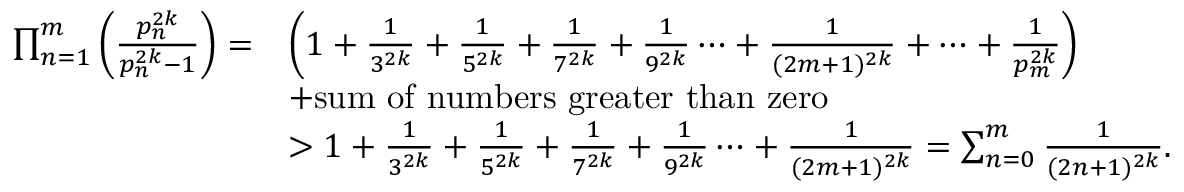
\begin{array} { r l } { \prod _ { n = 1 } ^ { m } \left( \frac { p _ { n } ^ { 2 k } } { p _ { n } ^ { 2 k } - 1 } \right) = } & { \left( 1 + \frac { 1 } { 3 ^ { 2 k } } + \frac { 1 } { 5 ^ { 2 k } } + \frac { 1 } { 7 ^ { 2 k } } + \frac { 1 } { 9 ^ { 2 k } } \cdots + \frac { 1 } { ( 2 m + 1 ) ^ { 2 k } } + \cdots + \frac { 1 } { p _ { m } ^ { 2 k } } \right) } \\ & { + \mathrm { s u m ~ o f ~ n u m b e r s ~ g r e a t e r ~ t h a n ~ z e r o } } \\ & { > 1 + \frac { 1 } { 3 ^ { 2 k } } + \frac { 1 } { 5 ^ { 2 k } } + \frac { 1 } { 7 ^ { 2 k } } + \frac { 1 } { 9 ^ { 2 k } } \cdots + \frac { 1 } { ( 2 m + 1 ) ^ { 2 k } } = \sum _ { n = 0 } ^ { m } \frac { 1 } { ( 2 n + 1 ) ^ { 2 k } } . } \end{array}